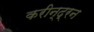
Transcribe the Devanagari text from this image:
करीन्द्रन